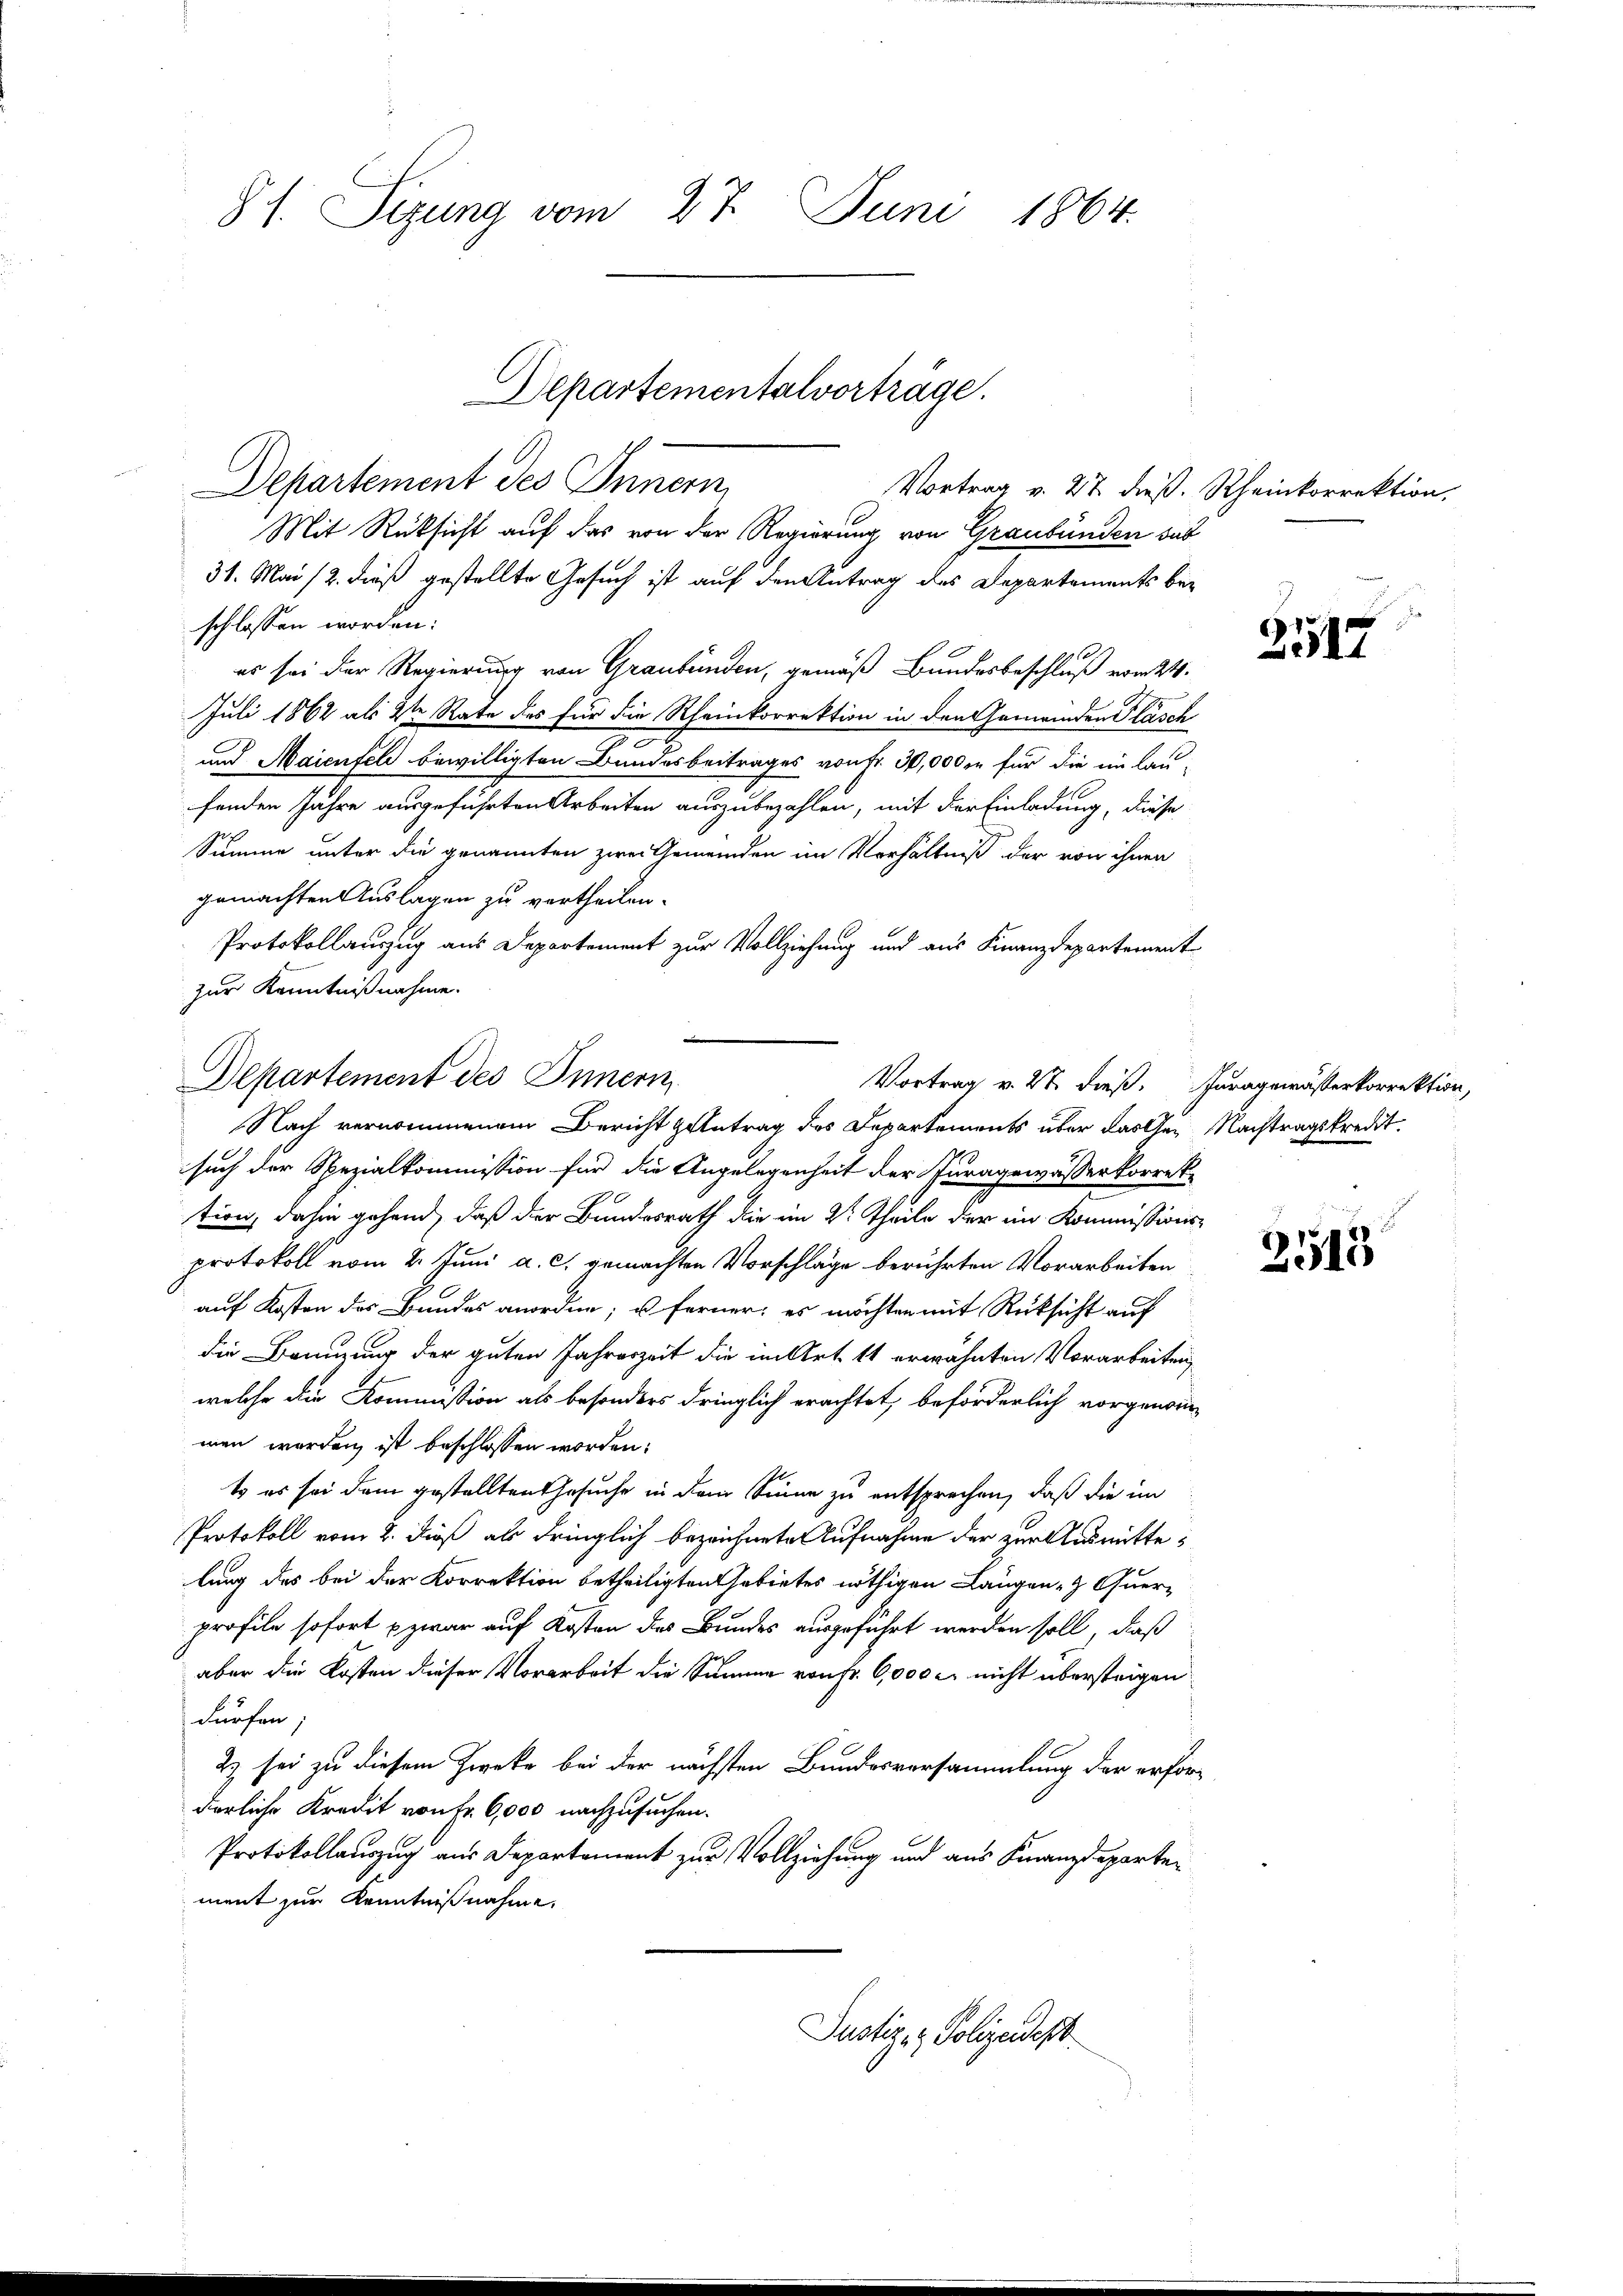
§ 1. Sizung vom 27. Juni 1864.

Departement des Innern
Mit Rücksicht auf das von der Regierung von Graubünden das
31. Mai 12. dieß gestellte Gesuch ist auf den Antrag des Departements bei
schlossen worden:
es sei der Regierung von Graubünden, gemäß Bundesbeschluß vom 24.
Juli 1862 als den Rate des für die Rheinkorrektion in den Gemeinden Flasch
3
und Maienfeld bewilligten Bundesbeitrages von Fr. 30,000 fr für die im lau-
fenden Jahre ausgeführten Arbeiten auszubezahlen, mit der Einladung, diese
Summe unter die genannten zwei Gemeinden im Verhältniß der von ihnen
gemachten Auslagen zu vertheilen.
Protokollauszug aus Departement zur Vollziehung und aus Finanzdepartement
zur Kenntnißnahme.

Departementalvorträge.

Vortrag v. 27. dieß. Rheinkorrektion,

Departement des Innern

Nach vernommenem Bericht geantrag des Departements über dassen Nachtragskredit.
such der Spezialkommission für die Angelegenheit der Juragewässerkorrek-
tion, dahin gehend, daß der Bundesrath die im 2t Theile der im Kommissions-
protokoll vom 2. Juni a. c. gemachten Vorschläge berührten Vorarbeiten
auf Kosten des Bundes anordne, u. ferner: es möchten mit Rücksicht auf
die Branzung der guten Jahreszeit die im Art. 11 erwähnten Vorarbeiten
welche die Kommission als besonders dringlich erachtet, beförderlich vorgenomm
men werden ist beschlossen worden:
t es sei dem gestellten Gesuche in dem Sinne zu entsprechen, daß die im
Protokoll vom 2. dieß als dringlich bezeichnete Aufnahme der zur Ausmitte,
lung des bei der Korrektion betheiligten Gebietes nöthigen Längen Quer-
profile sofort zwar auf Kosten des Bundes ausgeführt werden soll, daß
aber die Kosten dieser Vorarbeit die Summe von Fr. 60,000 c. nicht übersteigen
dürfen;
2) sei zu diesem Zweke bei der nächsten Bundesversammlung der erforderliche Kredit von Fr. 6,000 nachzusuchen.
Protokollauszug aus Departement zur Vollziehung und aus Finanzdeparten
ment zur Kenntnißnahme.
Justiz- & Polizeidest

Vortrag v. 27. dieß. Furagewässerkorrektion,

2512

8
2515